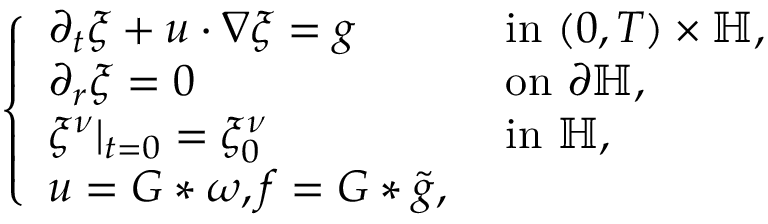
\begin{array} { r } { \left\{ \begin{array} { l l } { \partial _ { t } \xi + u \cdot \nabla \xi = g } & { \mathrm { ~ i n ~ } ( 0 , T ) \times \mathbb { H } , } \\ { \partial _ { r } \xi = 0 } & { \mathrm { ~ o n ~ } \partial \mathbb { H } , } \\ { \xi ^ { \nu } | _ { t = 0 } = \xi _ { 0 } ^ { \nu } } & { \mathrm { ~ i n ~ } \mathbb { H } , } \\ { u = G \ast \omega , f = G \ast \tilde { g } , } \end{array} \right. } \end{array}